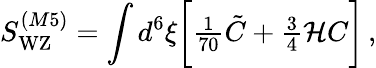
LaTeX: S_{\mathrm{WZ}}^{(M5)}=\int d^{6}\xi\biggl[{\textstyle{\frac{1}{70}}}\tilde{C}+{\textstyle{\frac{3}{4}}}{\cal H}C\biggr]\, ,